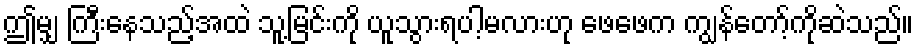
ဤမျှ ကြီးနေသည့်အထဲ သူ့မြင်းကို ယူသွားရပါ့မလားဟု ဖေဖေက ကျွန်တော့်ကိုဆဲသည်။